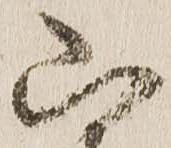
山